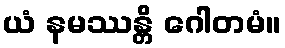
ယံ နမဿန္တိ ဂေါတမံ။